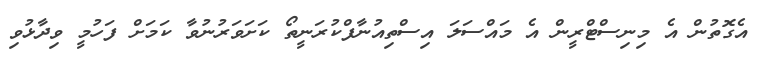
އެގޮތުން އެ މިނިސްޓްރީން އެ މައްސަލަ އިސްތިއުނާފްކުރަނީތޯ ކަށަވަރުނުވާ ކަމަށް ފަހުމީ ވިދާޅުވި